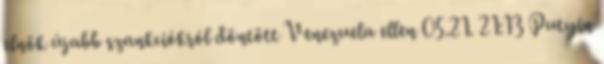
elnök újabb szankciókról döntött Venezuela ellen 05.21. 21:13 Putyin